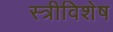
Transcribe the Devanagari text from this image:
स्त्रीविशेष